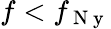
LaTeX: f<f_{\mathrm{~N~y~}}